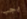
يجب